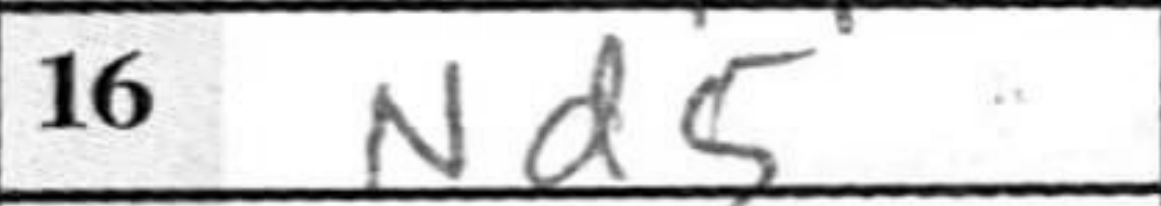
Transcription: Nd5